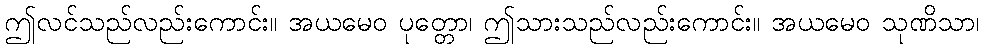
ဤလင်သည်လည်းကောင်း။ အယမေဝ ပုတ္တော၊ ဤသားသည်လည်းကောင်း။ အယမေဝ သုဏိသာ၊